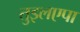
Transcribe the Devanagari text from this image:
तुइलएपा